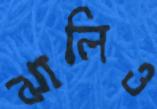
ঝালিও